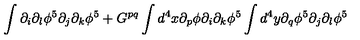
\int \partial _ { i } \partial _ { l } \phi ^ { 5 } \partial _ { j } \partial _ { k } \phi ^ { 5 } + G ^ { p q } \int d ^ { 4 } x \partial _ { p } \phi \partial _ { i } \partial _ { k } \phi ^ { 5 } \int d ^ { 4 } y \partial _ { q } \phi ^ { 5 } \partial _ { j } \partial _ { l } \phi ^ { 5 }